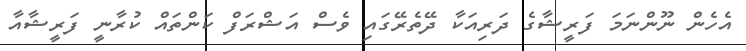
އެހެން ނޫންނަމަ ފަރީޝާގެ ދަރިއަކާ ދޭތެރޭގައި ވެސް އަޝްރަފް ކަންތައް ކުރާނީ ފަރީޝާއާ